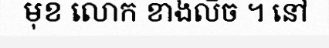
មុខ លោក ខាងលិច ។ នៅ